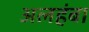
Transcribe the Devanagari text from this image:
अलहंबा